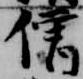
僧